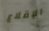
الإقلاع